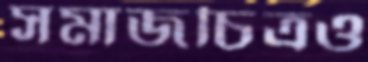
সমাজচিত্রও